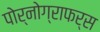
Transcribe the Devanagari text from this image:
पोर्नोग्राफर्स